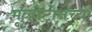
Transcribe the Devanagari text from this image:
मूव्हीटोनच्या